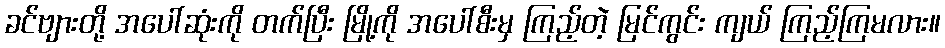
ခင်ဗျားတို့ အပေါ်ဆုံးကို တက်ပြီး မြို့ကို အပေါ်စီးမှ ကြည့်တဲ့ မြင်ကွင်း ကျယ် ကြည့်ကြမလား။